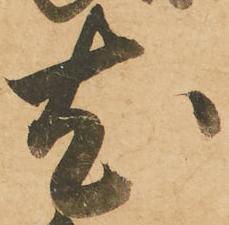
尤